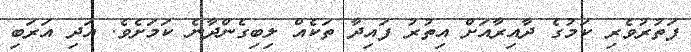
ފަތުރުވެރި ކަމުގެ ދާއިރާއަށް އިތުރު ފައިދާ ތަކެއް ލިބިގެންދާނެ ކަމަށެވެ. އަދި އަރަބި